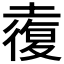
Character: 𡑉